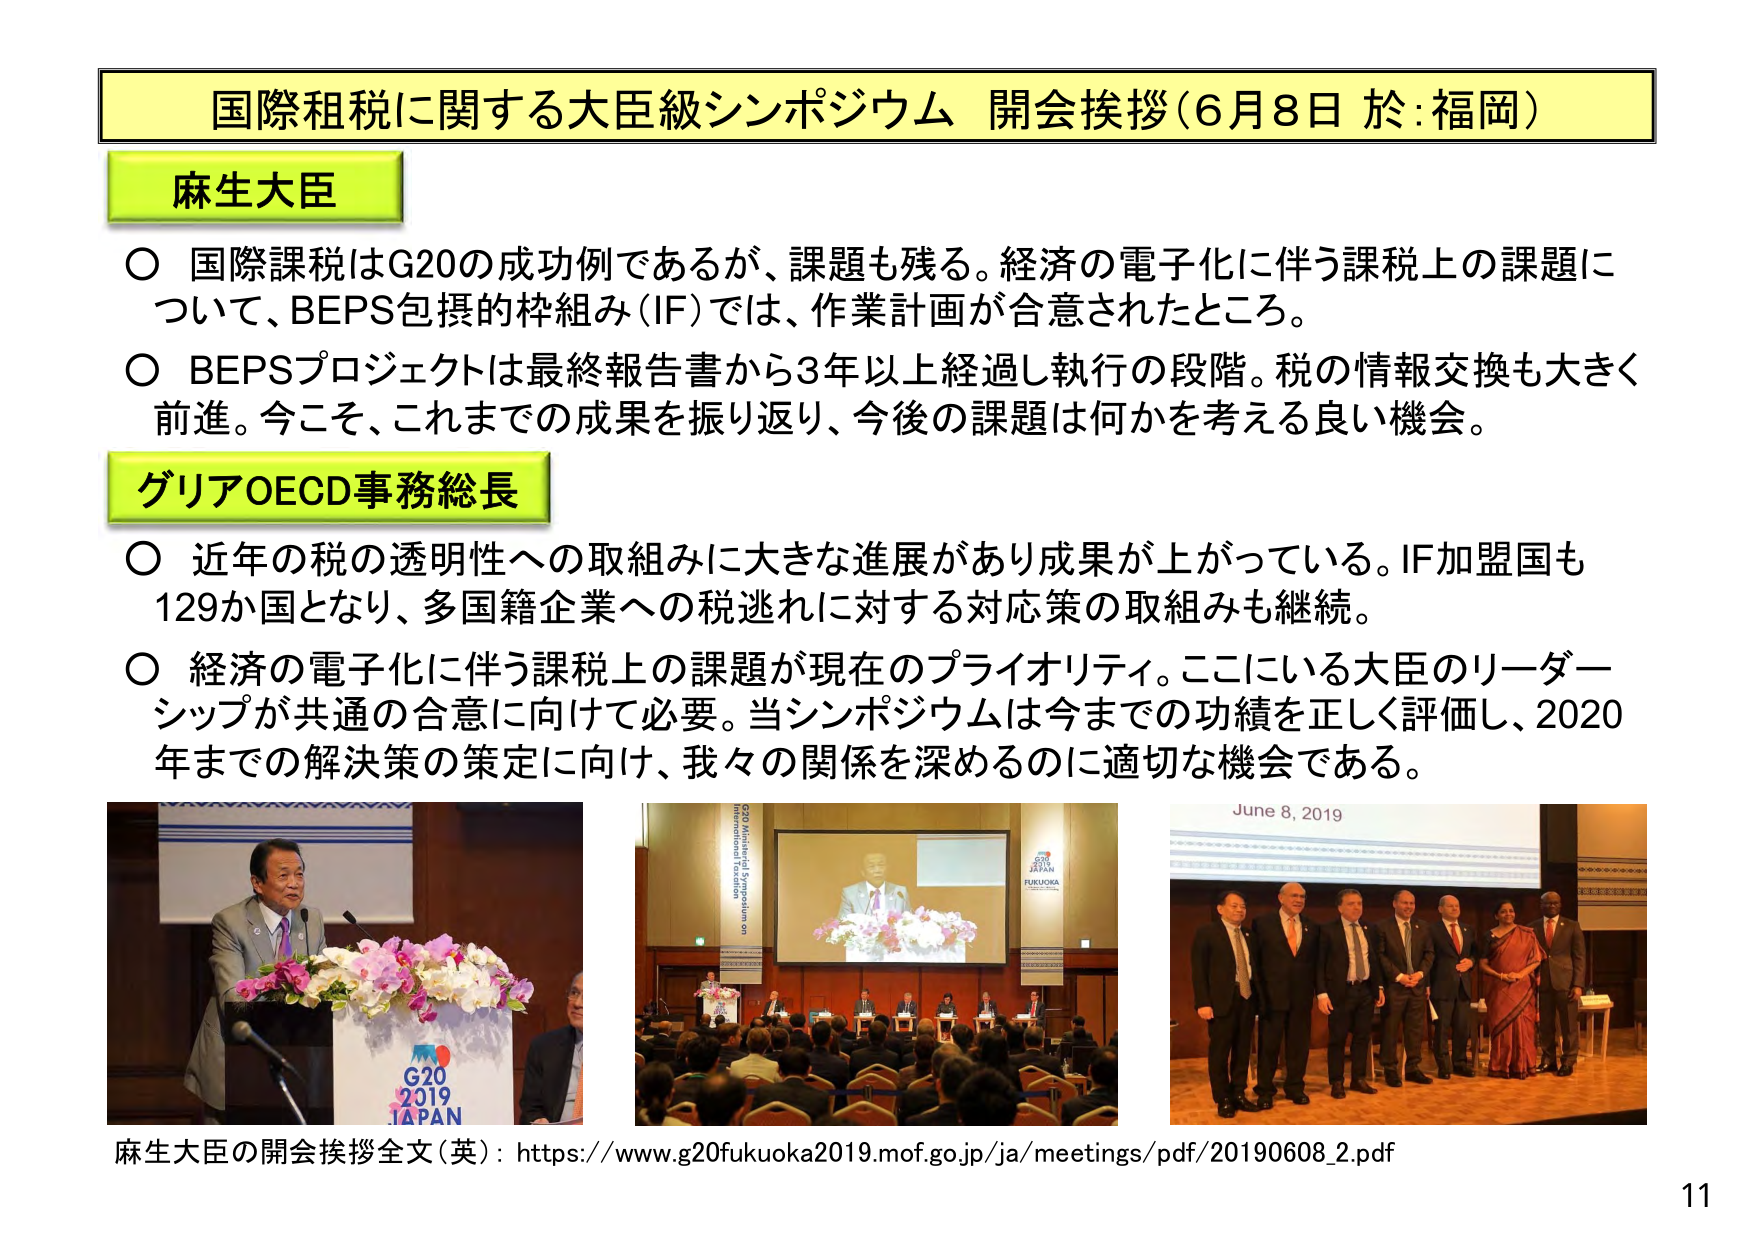
国際租税に関する大臣級シンポジウム 開会挨拶（6月8日 於：福岡）

麻生大臣
○ 国際課税はG20の成功例であるが、課題も残る。経済の電子化に伴う課税上の課題について、BEPS包摂的枠組み（IF）では、作業計画が合意されたところ。
○ BEPSプロジェクトは最終報告書から3年以上経過し執行の段階。税の情報交換も大きく前進。今こそ、これまでの成果を振り返り、今後の課題は何かを考える良い機会。

グリアOECD事務総長
○ 近年の税の透明性への取組みに大きな進展があり成果が上がっている。IF加盟国も129か国となり、多国籍企業への税逃れに対する対応策の取組みも継続。
○ 経済の電子化に伴う課税上の課題が現在のプライオリティ。ここにいる大臣のリーダーシップが共通の合意に向けて必要。当シンポジウムは今までの功績を正しく評価し、2020年までの解決策の策定に向け、我々の関係を深めるのに適切な機会である。

G20 Ministerial Symposium on International Taxation
FUKUOKA
June 8, 2019

G20
2019
JAPAN

麻生大臣の開会挨拶全文（英）：https://www.g20fukuoka2019.mof.go.jp/ja/meetings/pdf/20190608_2.pdf

11